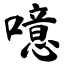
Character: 噫